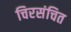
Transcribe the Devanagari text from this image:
चिरसंचित